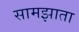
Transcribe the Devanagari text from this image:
सामझाता